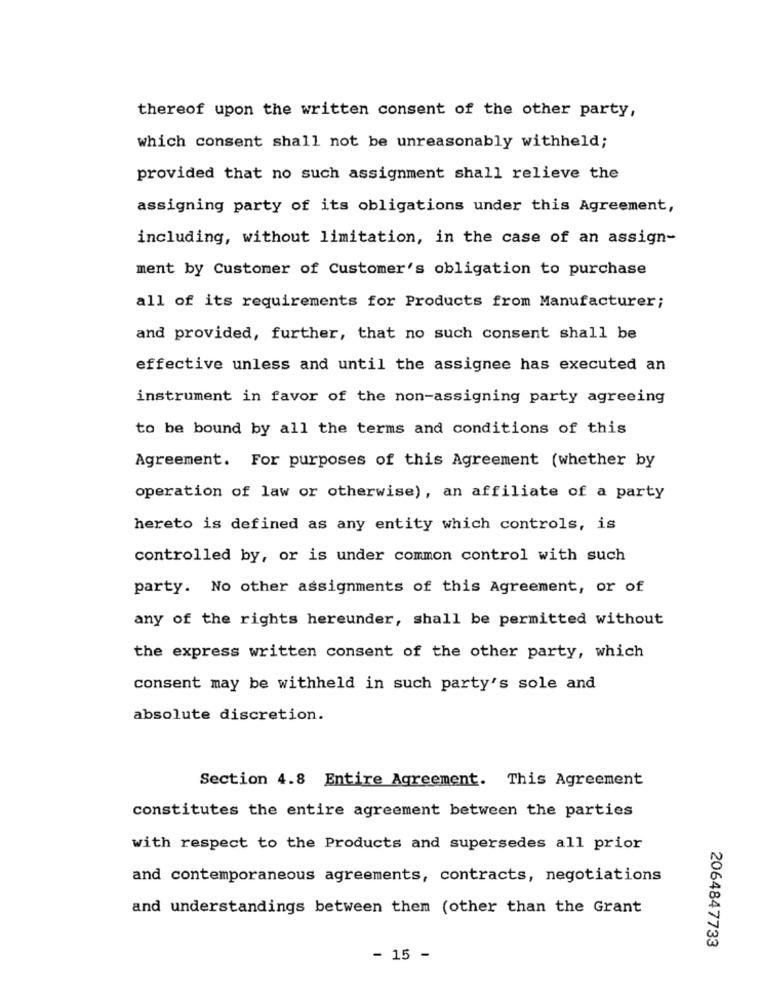
thereof upon the written consent of the other party,
which consent shall not be unreasonably withheld;
provided that no such assignment shall relieve the
assigning party of its obligations under this Agreement,
including, without limitation, in the case of an assign-
ment by Customer of Customer's obligation to purchase
all of its requirements for Products from Manufacturer;
and provided, further, that no such consent shall be
effective unless and until the assignee has executed an
instrument in favor of the non-assigning party agreeing
to be bound by all the terms and conditions of this
Agreement. For purposes of this Agreement (whether by
operation of law or otherwise), an affiliate of a party
hereto is defined as any entity which controls, is
controlled by, or is under common control with such
party. No other assignments of this Agreement, or of
any of the rights hereunder, shall be permitted without
the express written consent of the other party, which
consent may be withheld in such party's sole and
absolute discretion.
Section 4.8 Entire Agreement. This Agreement
constitutes the entire agreement between the parties
with respect to the Products and supersedes all prior
and contemporaneous agreements, contracts, negotiations
and understandings between them (other than the Grant
2064847733
- 15 -